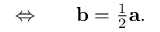
\begin{array} { r l } { \Leftrightarrow } & { { } \quad \mathbf { b } = \frac { 1 } { 2 } \mathbf { a } . } \end{array}